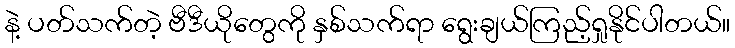
နဲ့ ပတ်သက်တဲ့ ဗီဒီယိုတွေကို နှစ်သက်ရာ ရွေးချယ်ကြည့်ရှုနိုင်ပါတယ်။